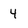
Character: 4